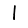
Digit: 1